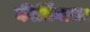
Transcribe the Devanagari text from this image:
कीर्तिगाथा